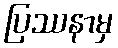
ပြဿနာမှ